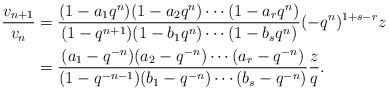
LaTeX: \begin{align*} \frac{v_{n+1}}{v_n} &=\frac{(1-a_1q^n)(1-a_2q^n)\cdots(1-a_rq^n)} {(1-q^{n+1})(1-b_1q^n)\cdots(1-b_sq^n)}(-q^n)^{1+s-r}z\\ &=\frac{(a_1-q^{-n})(a_2-q^{-n})\cdots(a_r-q^{-n})} {(1-q^{-n-1})(b_1-q^{-n})\cdots(b_s-q^{-n})}\frac zq.\end{align*}